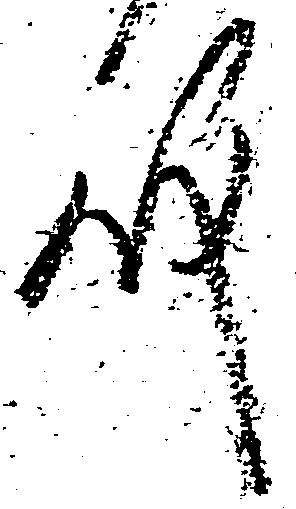
殿